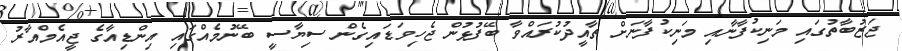
ޖަޒުބާތުގައި މަނިކުފާނާއި މަނިކުފާނަށް ތާއީދުކުރައްވާ ބޭފުޅުން ޖެހިވަޑައިގެން ސިޔާސީ ބޭނުމެއްގައި އިންޑިއާގެ ޖީއެމްއާރު